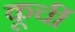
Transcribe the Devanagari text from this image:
कूर्ची